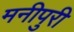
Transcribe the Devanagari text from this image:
मनीपुरी